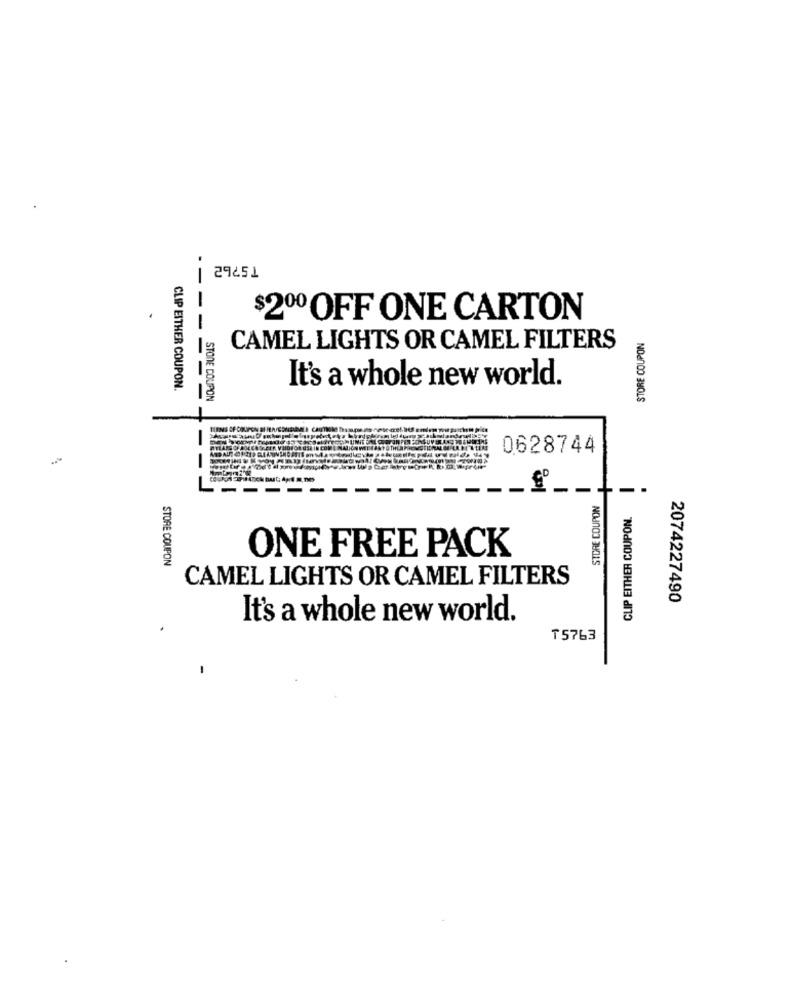
129251
$200 OFF ONE CARTON
--
STORE COUPON
CAMEL LIGHTS OR CAMEL FILTERS
It's a whole new world.
CLIP EITHER COUPON.
--
STONE COUPON
BILI CAR
0628744
-
-.
STORE COUPON
CLIP EITHER COUPON.
STORE COUPON
ONE FREE PACK
CAMEL LIGHTS OR CAMEL FILTERS
2074227490
It's a whole new world.
₸5763